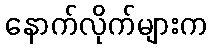
နောက်လိုက်များက